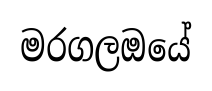
මරගලඔයේ